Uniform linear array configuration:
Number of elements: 16
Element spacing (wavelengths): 0.5
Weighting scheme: uniform
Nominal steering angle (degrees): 45
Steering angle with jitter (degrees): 46.483
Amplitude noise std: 0.05
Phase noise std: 0.05

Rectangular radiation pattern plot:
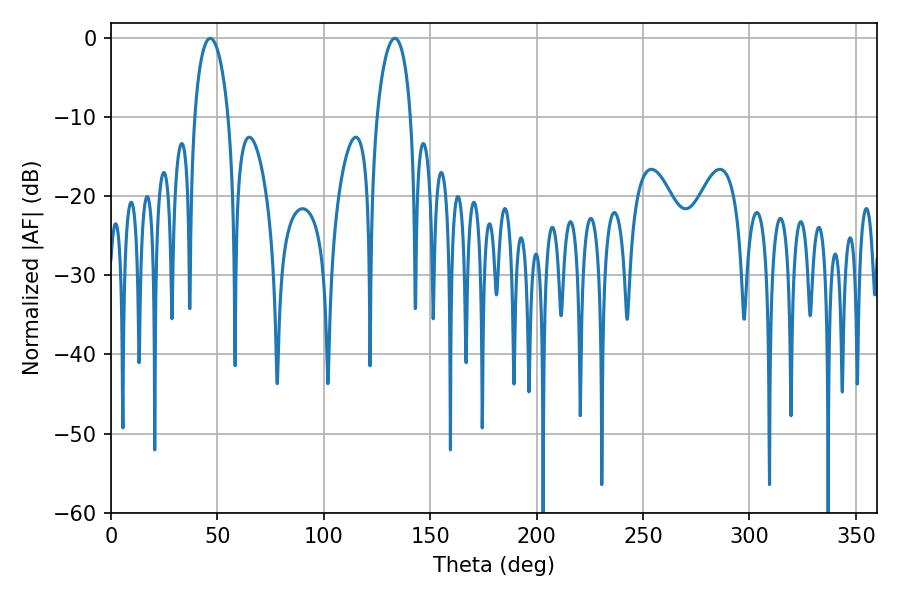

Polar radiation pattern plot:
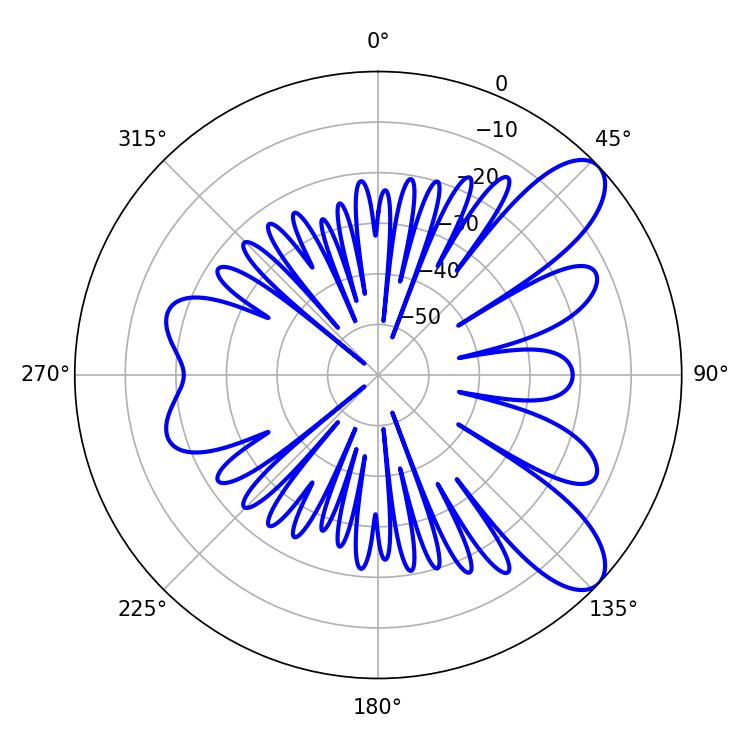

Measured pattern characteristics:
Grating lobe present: FALSE
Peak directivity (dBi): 9.027
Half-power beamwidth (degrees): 9
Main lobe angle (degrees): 46.62